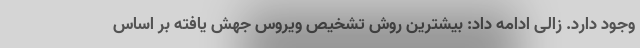
وجود دارد. زالی ادامه داد: بیشترین روش تشخیص ویروس جهش یافته بر اساس